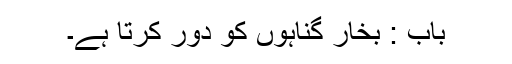
باب : بخار گناہوں کو دور کرتا ہے۔